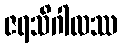
ဇရသိဂါလဿ